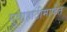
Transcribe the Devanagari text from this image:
गुवाहाटीमार्फत